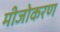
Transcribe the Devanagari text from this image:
मीजोकरण